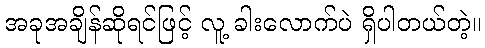
အခုအချိန်ဆိုရင်ဖြင့် လူ့ ခါးလောက်ပဲ ရှိပါတယ်တဲ့။